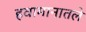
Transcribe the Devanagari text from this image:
हवामानातले